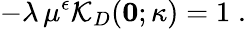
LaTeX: -\lambda\, \mu^{\epsilon}{\mathcal K}_{{D}}({\mathbf 0};\kappa)=1\; .